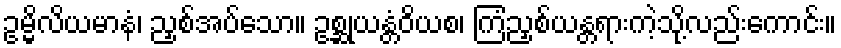
ဥမ္မိလိယမာနံ၊ ညှစ်အပ်သော။ ဥစ္ဆုယန္တံဝိယစ၊ ကြံညှစ်ယန္တရားကဲ့သို့လည်းကောင်း။